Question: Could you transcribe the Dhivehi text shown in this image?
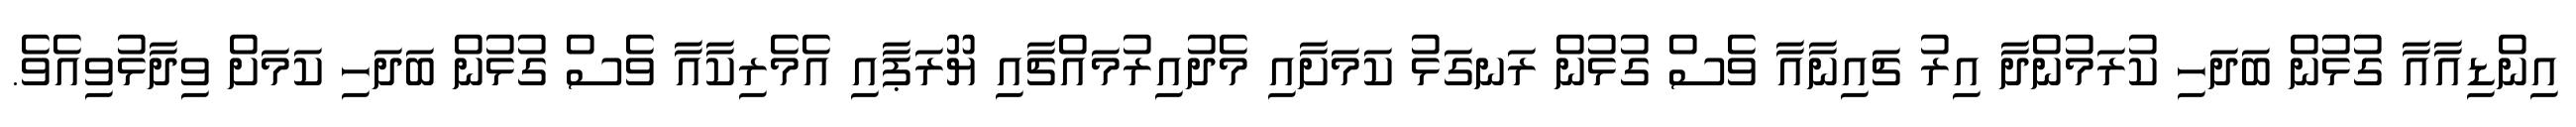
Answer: އިންޑިއާއާ ގުޅުން ބަދަހި ކުރަމުންދާ އިރު ޗައިނާއާ ވެސް ގުޅުން ރަނގަޅު ކަމަށާއި މެދުއިރުމައްޗާއި ޔޫރަޕާއި އެމެރިކާއާ ވެސް ގުޅުން ބަދަހި ކަމަށް ވިދާޅުވިއެވެ.